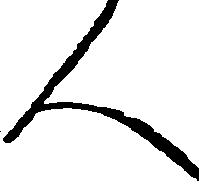
人